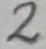
Text: 2